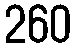
260